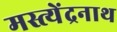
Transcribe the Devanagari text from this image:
मस्त्येंद्रनाथ